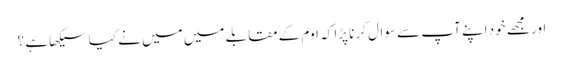
اور مجھے خود اپنے آپ سے سوال کرنا پڑا کہ اوم کے مقابلے میں میں نے کیا سیکھا ہے ؟